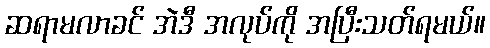
ဆရာမလာခင် အဲဒီ အလုပ်ကို အပြီးသတ်ရမယ်။